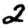
Digit: 2